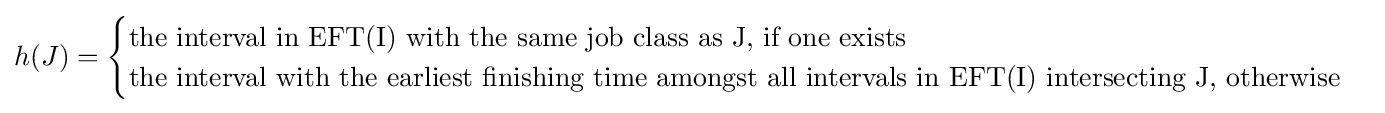
h(J)={\begin{cases}{\mbox{the interval in EFT(I) with the same job class as J, if one exists}}\\{\mbox{the interval with the earliest finishing time amongst all intervals in EFT(I) intersecting J, otherwise}}\end{cases}}